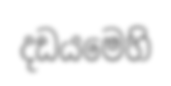
දඩයමෙහි